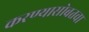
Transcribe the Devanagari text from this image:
करण्यासोबतचा